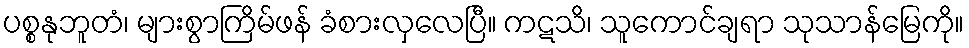
ပစ္စနုဘူတံ၊ များစွာကြိမ်ဖန် ခံစားလှလေပြီ။ ကဋသိ၊ သူကောင်ချရာ သုသာန်မြေကို။